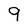
Character: 9